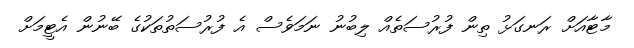
މާޓާއަށް ރަނގަޅު ތިން ފުރުސަތެއް ލިބުނު ނަމަވެސް އެ ފުރުސަތުތަކުގެ ބޭނުން އެޓީމަށް